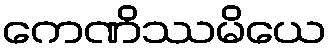
ကေဏိဿမိယေ